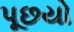
પૂછયો